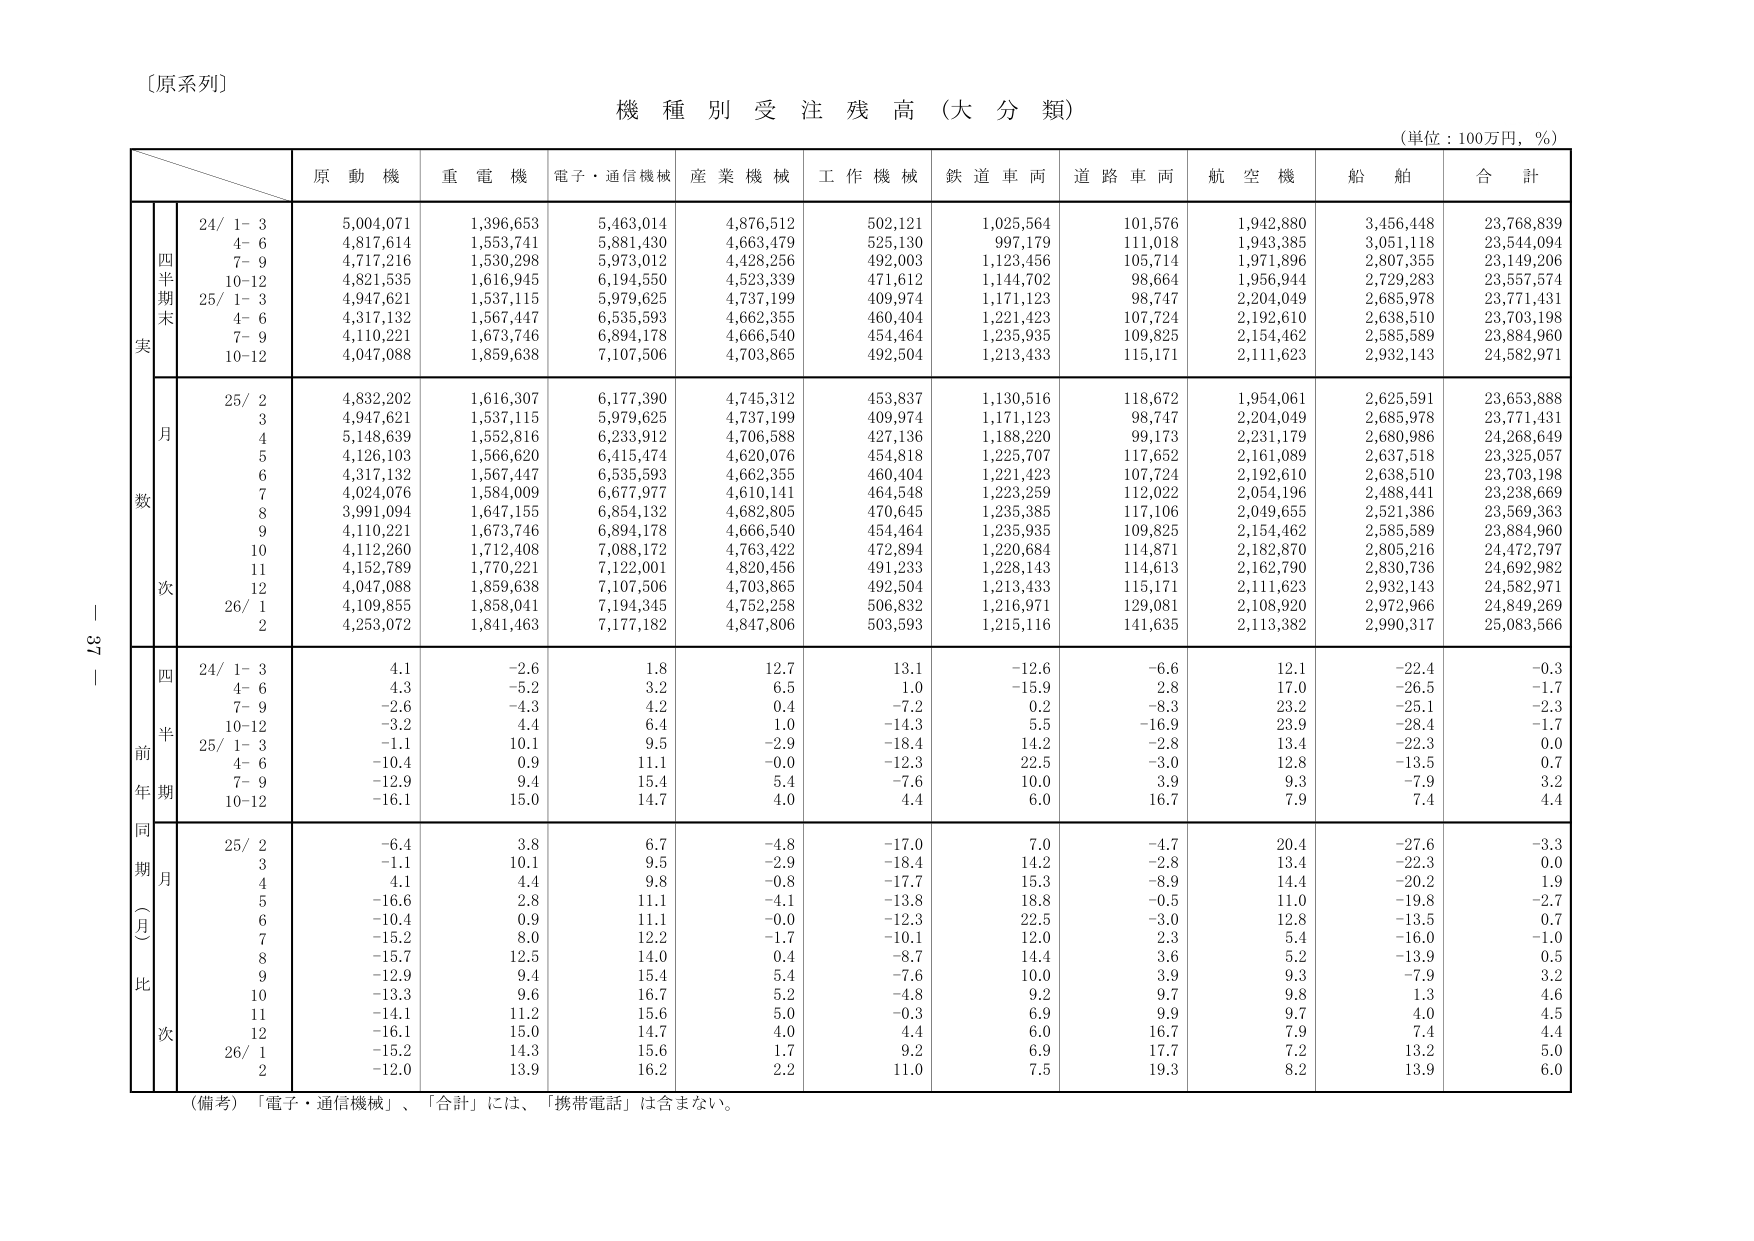
〔原系列〕

機 種 別 受 注 残 高 （大 分 類）

（単位：100万円，％）